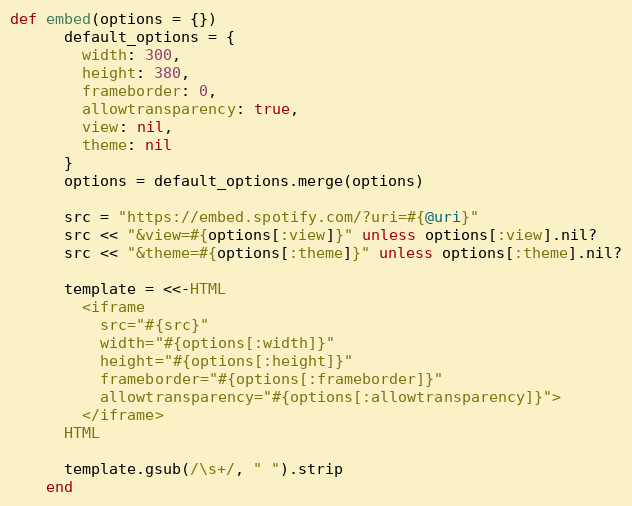
Language: Ruby
def embed(options = {})
      default_options = {
        width: 300,
        height: 380,
        frameborder: 0,
        allowtransparency: true,
        view: nil,
        theme: nil
      }
      options = default_options.merge(options)

      src = "https://embed.spotify.com/?uri=#{@uri}"
      src << "&view=#{options[:view]}" unless options[:view].nil?
      src << "&theme=#{options[:theme]}" unless options[:theme].nil?

      template = <<-HTML
        <iframe
          src="#{src}"
          width="#{options[:width]}"
          height="#{options[:height]}"
          frameborder="#{options[:frameborder]}"
          allowtransparency="#{options[:allowtransparency]}">
        </iframe>
      HTML

      template.gsub(/\s+/, " ").strip
    end